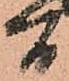
間